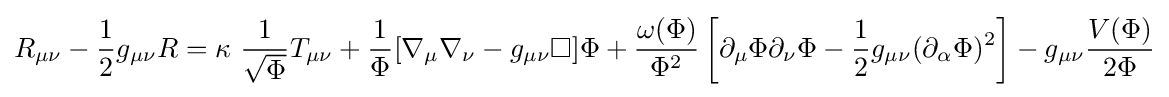
R_{\mu \nu }-{\frac {1}{2}}g_{\mu \nu }R=\kappa ~{\frac {1}{\sqrt {\Phi }}}T_{\mu \nu }+{\frac {1}{\Phi }}[\nabla _{\mu }\nabla _{\nu }-g_{\mu \nu }\Box ]\Phi +{\frac {\omega (\Phi )}{\Phi ^{2}}}\left[\partial _{\mu }\Phi \partial _{\nu }\Phi -{\frac {1}{2}}g_{\mu \nu }(\partial _{\alpha }\Phi )^{2}\right]-g_{\mu \nu }{\frac {V(\Phi )}{2\Phi }}